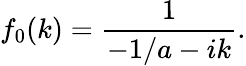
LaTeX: f_{0}(k)=\frac{1}{-1/a-ik}.